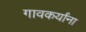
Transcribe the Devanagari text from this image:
गावकर्यांना